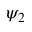
\psi _ { 2 }